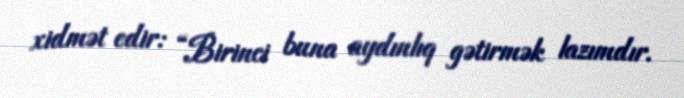
xidmət edir: “Birinci buna aydınlıq gətirmək lazımdır.